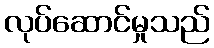
လုပ်ဆောင်မှုသည်